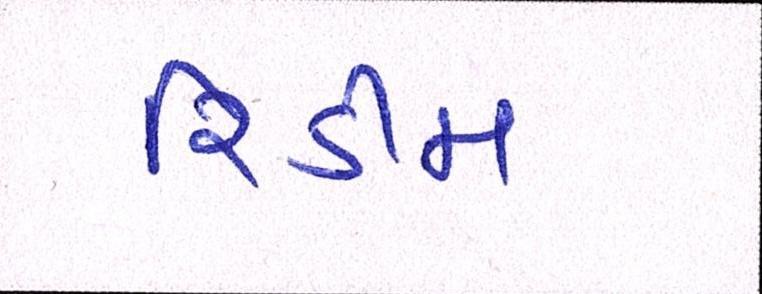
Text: રિડીમ